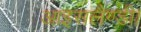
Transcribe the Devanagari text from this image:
आइसलैण्डी।